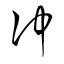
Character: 冲